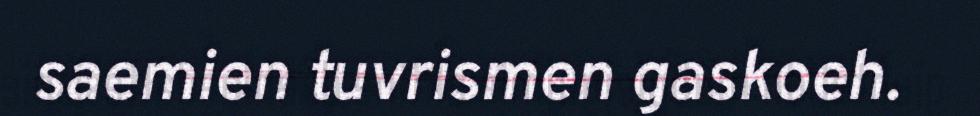
saemien tuvrismen gaskoeh.